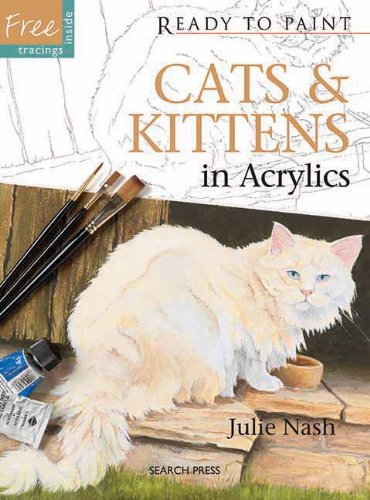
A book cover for Cats & Kittens in Acrylics (Ready to Paint); Julie Nash; Arts & Photography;